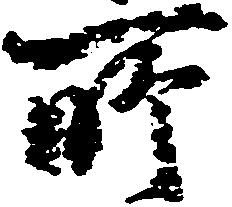
所